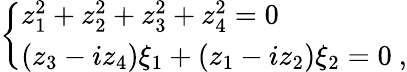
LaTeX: \left\{ \begin{array}{l}{{z_{1}^{2}+z_{2}^{2}+z_{3}^{2}+z_{4}^{2}=0}}\\ {{(z_{3}-iz_{4})\xi_{1}+(z_{1}-iz_{2})\xi_{2}=0~,}}\end{array}\right.